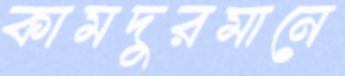
কামদুরমানে